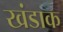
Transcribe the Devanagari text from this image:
खंडाक